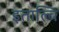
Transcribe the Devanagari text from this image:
इताल्वि